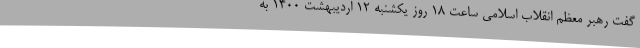
گفت رهبر معظم انقلاب اسلامی ساعت ۱۸ روز یکشنبه ۱۲ اردیبهشت ۱۴۰۰ به